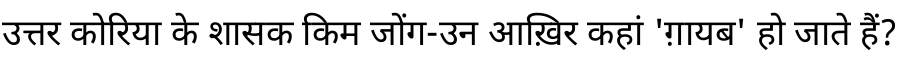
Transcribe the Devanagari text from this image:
उत्तर कोरिया के शासक किम जोंग-उन आख़िर कहां 'ग़ायब' हो जाते हैं?